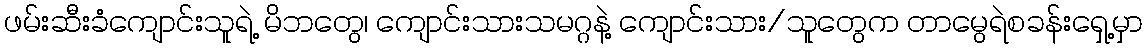
ဖမ်းဆီးခံကျောင်းသူရဲ့ မိဘတွေ၊ ကျောင်းသားသမဂ္ဂနဲ့ ကျောင်းသား/သူတွေက တာမွေရဲစခန်းရှေ့မှာ